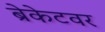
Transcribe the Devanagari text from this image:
ब्रेकेटवर